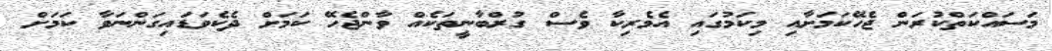
މަސައްކަތްކުރަން ޖެހޭކަމަށާއި މިކަމުގައި އެމެރިކާ ވެސް ގުރްބާނީތަކެއް ވާންޖެހޭ ކަމަށް ދެކެވަޑައިގަންނަވާ ކަމަށް